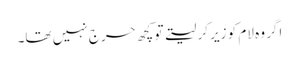
اگر وہ لام کو زیر کر لیتے تو کچھ حرج نہیں تھا۔